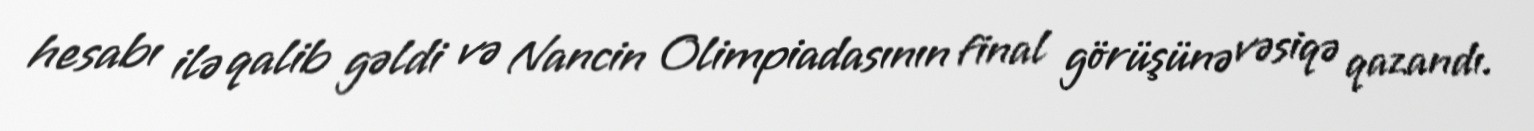
hesabı ilə qalib gəldi və Nancin Olimpiadasının final görüşünə vəsiqə qazandı.